Annual statistical returns and brief notes on vaccination in Bengal - 1887-1898
Year: 1887
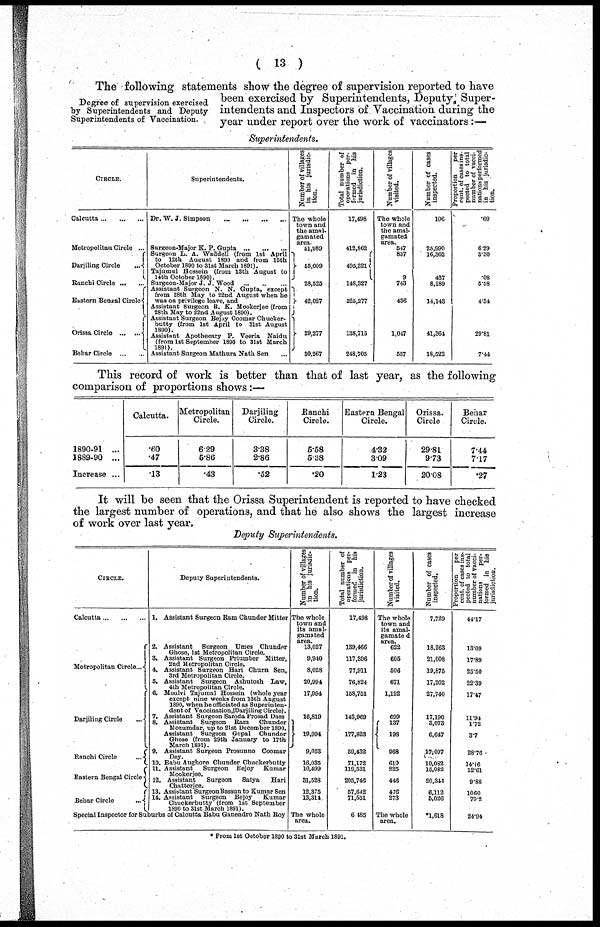
( 13 )
Degree of supervision exercised
by Superintendents and Deputy
Superintendents of Vaccination.
The following statements show the degree of supervision reported to have
been exercised by Superintendents, Deputy Super-
intendents and Inspectors of Vaccination during the
year under report over the work of vaccinators :—
Superintendents.
CIRCLE.
Calcutta ... ... ...
Metropolitan Circle ...
Darjiling Circle
...
Ranchi Circle ... ...
Eastern Bengal Circle
Orissa Circle ... ...
Behar Circle
...
...
Superintendents.
Dr. W. J. Simpson
...
...
...
...
Surgeon-Major E. P. Gupta
...
...
...
Surgeon L. A. Waddell (from 1st April
to 12th August 1890 and from 16th
October 1890 to 31st March 1891).
Tajumul Hossein (from 18th August to
14th October 1890).
Surgeon-Major J. J. Wood
...
...
...
Assistant Surgeon N. N. Gupta, except
from 28th May to 22nd August when he
was on privilege leave, and
Assistant Surgeon B. K. Mookerjee (from
28th May to 22nd August 1890).
Assistant Surgeon Bejoy Ooomar Chucker-
butty (from 1st April to 31st August
1890).
Assistant Apothecary P. Veeria Naidu
(from 1st September 1890 to 31st March
1891).
Assistant Surgeon Mathura Nath Sen ...
Number of villages
in his jurisdic-
tion.
The whole
town and
the amal-
gamated
area.
51,989
55,009
28,525
42,027
29,277
30,267
Total number of
operations per-
formed in his
jurisdiction.
17,498
412,862
495,321
148,327
325,277
138,715
248,705
Number of villages
visited.
The whole
town and
the amal-
gamated
area.
547
837
9
743
436
1,047
557
Number of cases
inspected.
106
25,990
16,362
437
8,289
14,143
41,364
18,523
Proportion
per
pent. of cases ins-
pected to total
number of vacci-
nations performed
in his jurisdic-
tion.
.60
6.29
3.30
.08
5.58
4.34
29.81
7.44
This record of work is better than that of last year, as the following
comparison of proportions shows:—
1890-91 ...
1889-90 ...
Increase ...
Calcutta.
.60
.47
.13
Metropolitan
Circle.
6.29
6.86
.43
Darjiling
Circle.
3.38
2.86
.52
Ranchi
Circle.
5.58
5.38
.20
Eastern Bengal
Circle.
4.32
3.09
1.23
Orissa.
Circle
29.81
9.73
20.08
Behar
Circle.
7.44
7.17
.27
It will be seen that the Orissa Superintendent is reported to have checked
the largest number of operations, and that he also shows the largest increase
of work over last year.
Deputy Superintendents.
CIRCLE.
Calcutta ... ... ...
Metropolitan Circle ...
Darjiling Circle ...
Ranchi Circle ...
Eastern Bengal Circle
Behar Circle
...
Deputy Superintendents.
1. Assistant Surgeon Ram Chunder Mitter
2. Assistant Surgeon Umes Chunder
Ghose, 1st Metropolitan Circle.
3. Assistant Surgeon Priumber Mitter,
2nd Metropolitan Circle.
4. Assistant Surgeon Hari Churn Sen,
3rd Metropolitan Circle.
5. Assistant Surgeon Ashutosh Law,
4th Metropolitan Circle.
6. Moulvi Tajumal Hossein (whole year
except nine weeks from 13th August
1890, when he officiated as Superinten-
dent of Vaccination. Darjiling Circle).
7. Assistant Surgeon Saroda Prasad Dass
8. Assistant Surgeon Ram Chunder
Mozumdar, up to 21st December 1890.
Assistant Surgeon Gopal Chunder
Ghose (from 29th January to 17th
March 1891).
9. Assistant Surgeon Prosunno Coomar
Dey.
10. Babu Aughore Chunder. Chuckerbutty
11. Assistant
Surgeon Bejoy Kumar
Mookerjee.
12. Assistant
Surgeon
Satya
Hari
Chatterjee.
13. Assistant Surgeon Bassun to Kumar Sen
14. Assistant Surgeon Bejoy
Kumar
Chuckerbutty (from 1st September
1890 to 31st March 1891).
Special Inspector for Suburbs of Calcutta Babu Ganendro Nath Roy
Number of villages
in his jurisdic-
tion.
The whole
town and
its amal-
gamated
area.
13,027
9,940
8,028
20,994
17,994
16,819
19,994
9,053
16,035
10,499
31,528
12,375
13,314
The whole
area.
Total number of
operations per-
formed in bis
jurisdiction.
17,498
139,466
117,396
77,911
76,824
158,751
143,969
177,823
59,432
71,172
119,531
205,746
57,642
71,551
6,485
Number of villages
visited.
The whole
town and
its amal-
gamated
area.
622
605
506
671
1,192
699
137
198
968
610
325
446
476
273
The whole
area.
Number of cases
inspected.
7,729
18,263
21,008
19,875
17,202
27,740
17,190
3,073
6,647
17,097
10,082
15,082
20,344
6,112
5,026
*1,618
Proportion
per
cent. of cases ins-
pected to total
number of vacci-
nations
per-
formed in his
jurisdiction.
44.17
13.09
17.89
25.50
22.39
17.47
11.94
1.72
3.7
28.76
14.16
12.61
9.88
10.60
70.2
24.94
* From 1st October 1890 to 31st March 1891.